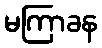
မကြာခန